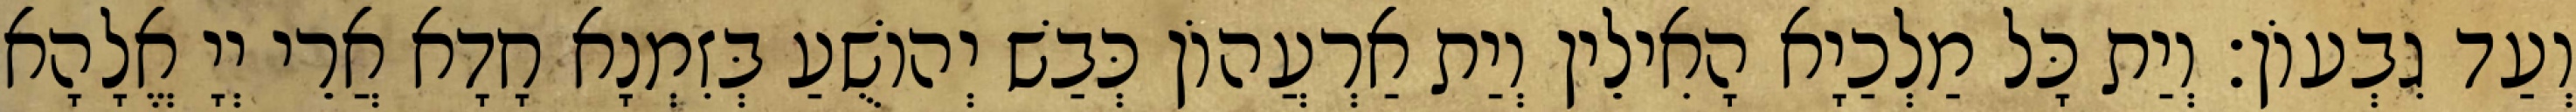
וְעַד גִבְעוֹן׃ וְיַת כָּל מַלְכַיָא הָאִילֵין וְיַת אַרְעֲהוֹן כְּבַשׁ יְהוֹשֻׁעַ בְּזִמְנָא חָדָא אֲרֵי יְיָ אֱלָהָא